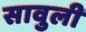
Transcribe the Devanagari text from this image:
सावुली